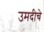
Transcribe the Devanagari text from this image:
उमदीचे